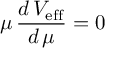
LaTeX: \mu \, \frac { d \, V _ { \mathrm { e f f } } } { d \, \mu } = 0